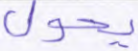
يحول